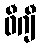
ဖီဂျီ